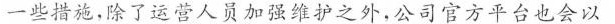
一些措，除了运营人员加强维护之外，公司官方平台也会以